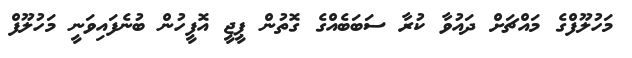
މަހުލޫފްގެ މައްޗަށް ދައުވާ ކުރާ ސަބަބެއްގެ ގޮތުން ޕީޖީ އޮފީހުން ބުނެފައިވަނީ މަހުލޫފް